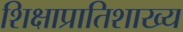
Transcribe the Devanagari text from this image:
शिक्षाप्रातिशाख्य